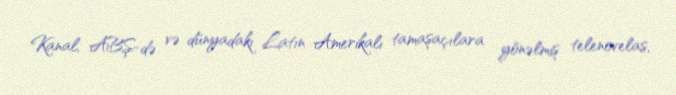
Kanal, ABŞ-də və dünyadakı Latın Amerikalı tamaşaçılara yönəlmiş telenovelas,